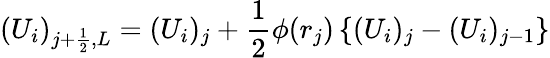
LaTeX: (U_{i})_{j+\frac{1}{2},L}=(U_{i})_{j}+\frac{1}{2}\phi(r_{j})\left\{ (U_{i})_{j}-(U_{i})_{j-1}\right\}